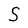
Character: S